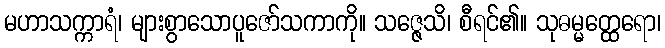
မဟာသက္ကာရံ၊ များစွာသောပူဇော်သကာကို။ သဇ္ဇေသိ၊ စီရင်၏။ သုဓမ္မတ္ထေရော၊